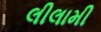
લીલામી